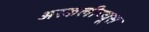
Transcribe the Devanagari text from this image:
अस्कलीप्यूस